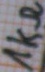
Text: 1kΩ